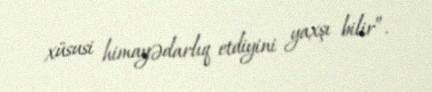
xüsusi himayədarlıq etdiyini yaxşı bilir”.